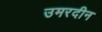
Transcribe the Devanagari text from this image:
उमरदीन